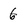
Character: 6